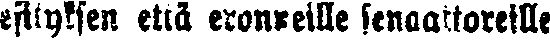
esityksen että eronneille senaattoreille